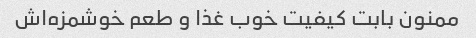
ممنون بابت کیفیت خوب غذا و طعم خوشمزه‌اش